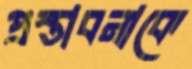
প্রস্তাবনাকে